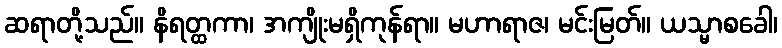
ဆရာတို့သည်။ နိရတ္ထကာ၊ အကျိုးမရှိကုန်ရာ။ မဟာရာဇ၊ မင်းမြတ်။ ယသ္မာစခေါ၊